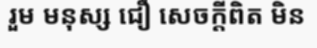
រួម មនុស្ស ជឿ សេចក្តីពិត មិន